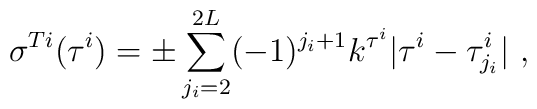
\sigma^{Ti} (\tau^i) = \pm \sum_{j_i=2}^{2 L } (-1)^{j_i+1} k^{\tau^i} |\tau^i-\tau^i_{j_i}|  ~,~\,